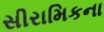
સીરામિકના